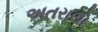
અતરાયો